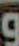
و